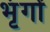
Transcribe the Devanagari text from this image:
भृंगों